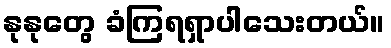
နုနုတွေ ခံကြရရှာပါသေးတယ်။